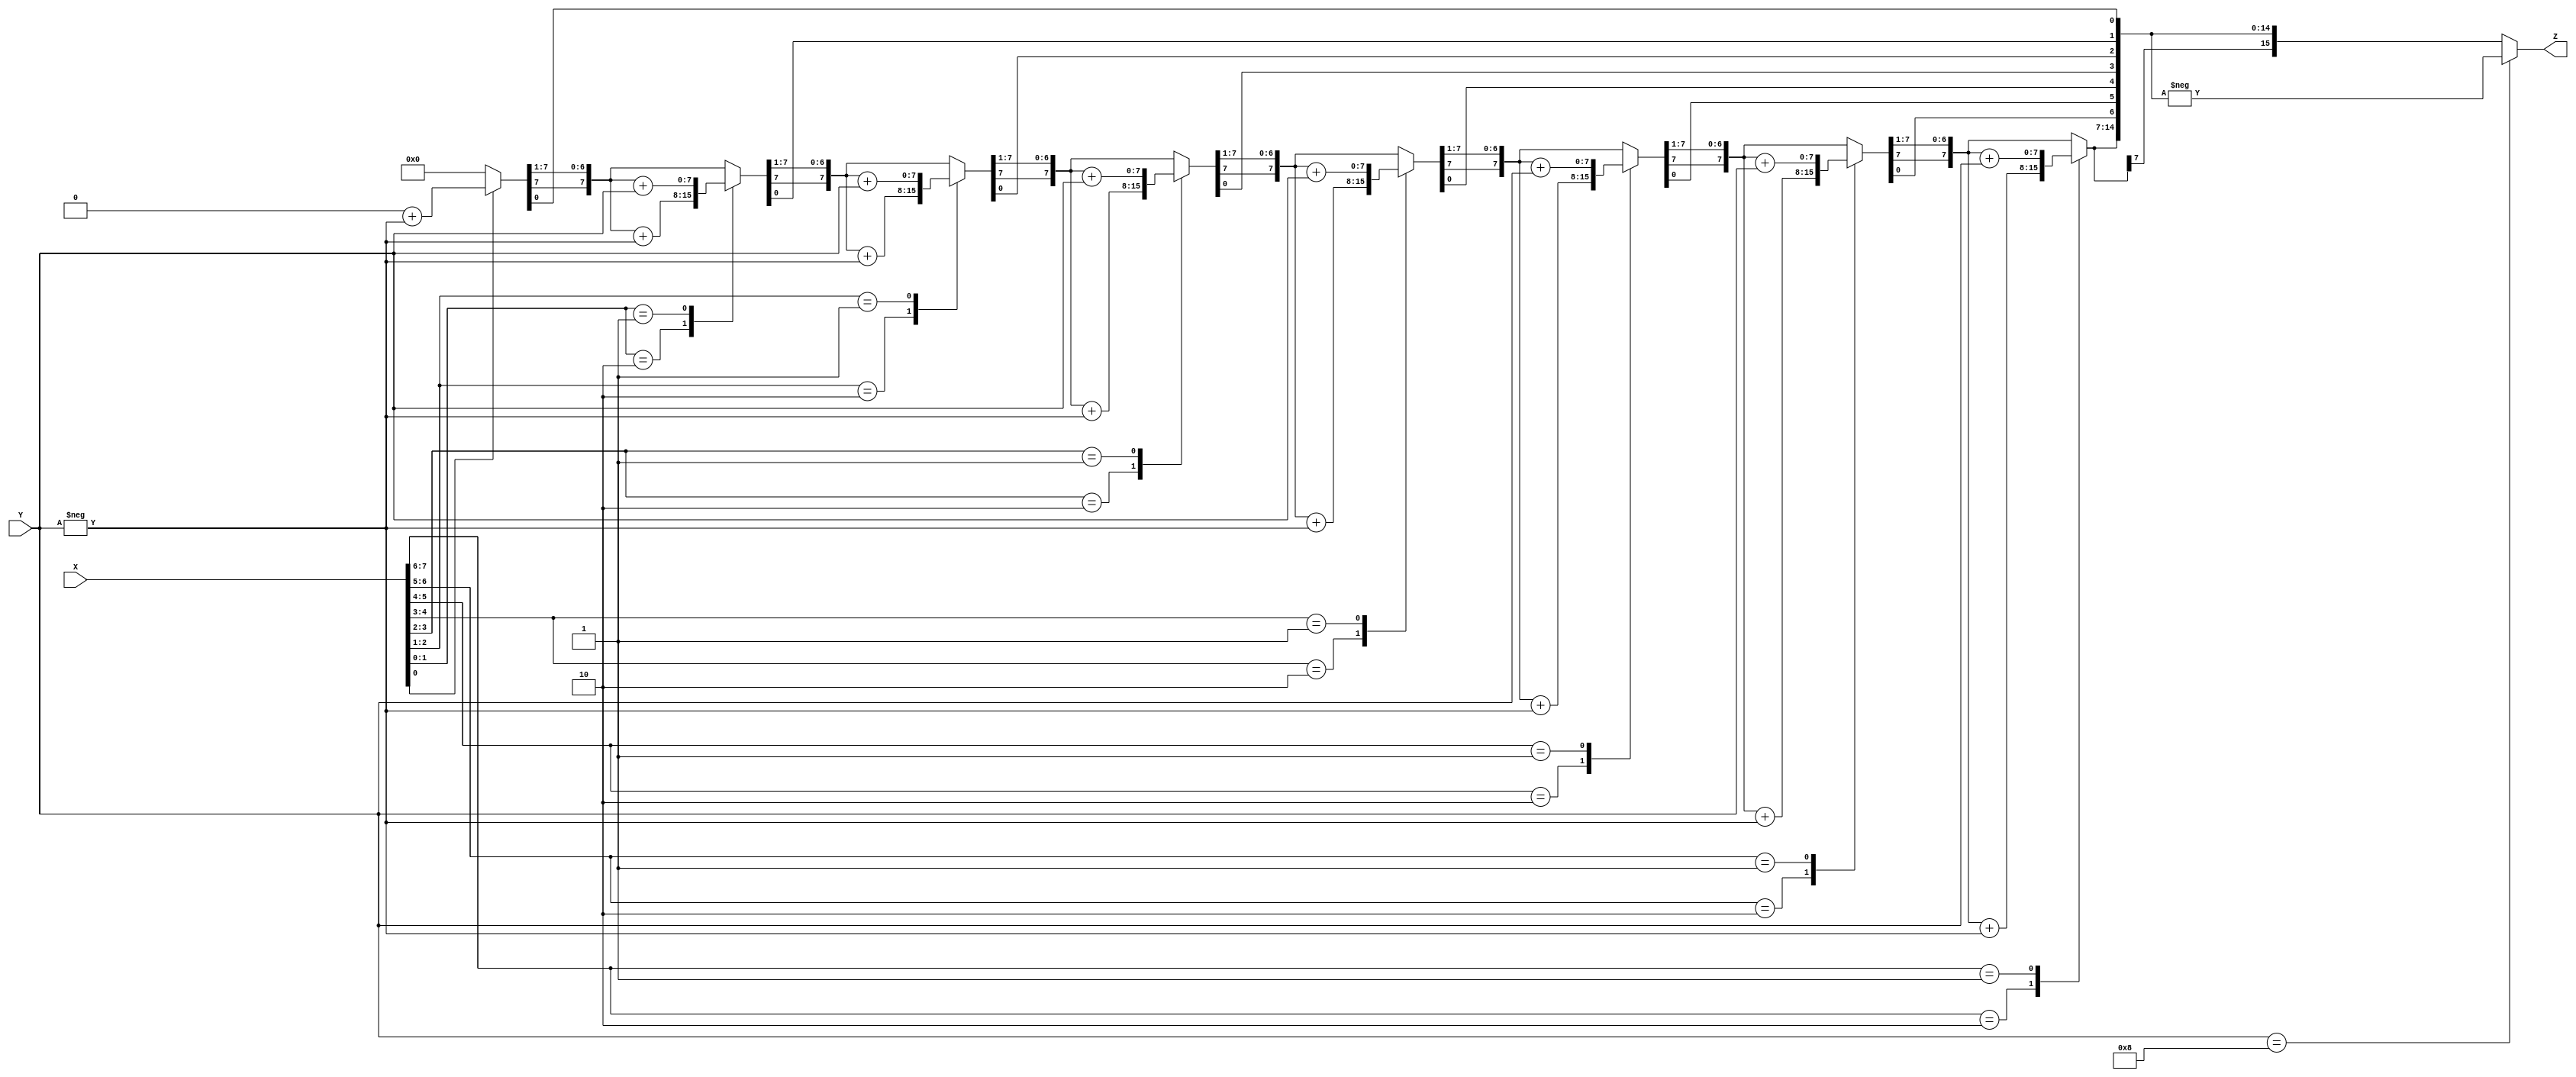
module BOOTH(X,Y,Z);
 parameter N=8;
input signed [N-1:0]X,Y;
output signed [(2*N)-1:0]Z;
reg signed [(2*N)-1:0] Z;
reg [1:0]temp;
integer i;
reg E1;
reg [N-1:0]Y1;

 always@(X,Y)
   begin
	Z=15'd0;
	E1=1'd0;
	 for(i=0; i<N ; i=i+1)
	  begin
	   
		temp = { X[i], E1};
		Y1=-Y;
		
		 case(temp)
		  2'd2 : Z[ (2*N) -1 :  N ] = Z[ (2*N) -1 :  N ] + Y1;
		  2'd1 : Z[ (2*N) -1 :  N ] = Z[ (2*N) -1 :  N ] + Y;
		 endcase
		  Z=Z>>1;
		  Z[2*N-1] = Z[2*N - 2];
		  E1=X[i];
		end
      
		if(Y == 4'd8)
       begin
        Z=-Z;
       end		  
	end
endmodule